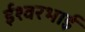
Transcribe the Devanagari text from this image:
ईश्वरभाई